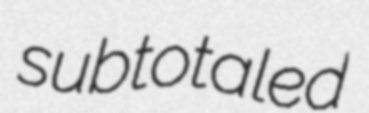
subtotaled